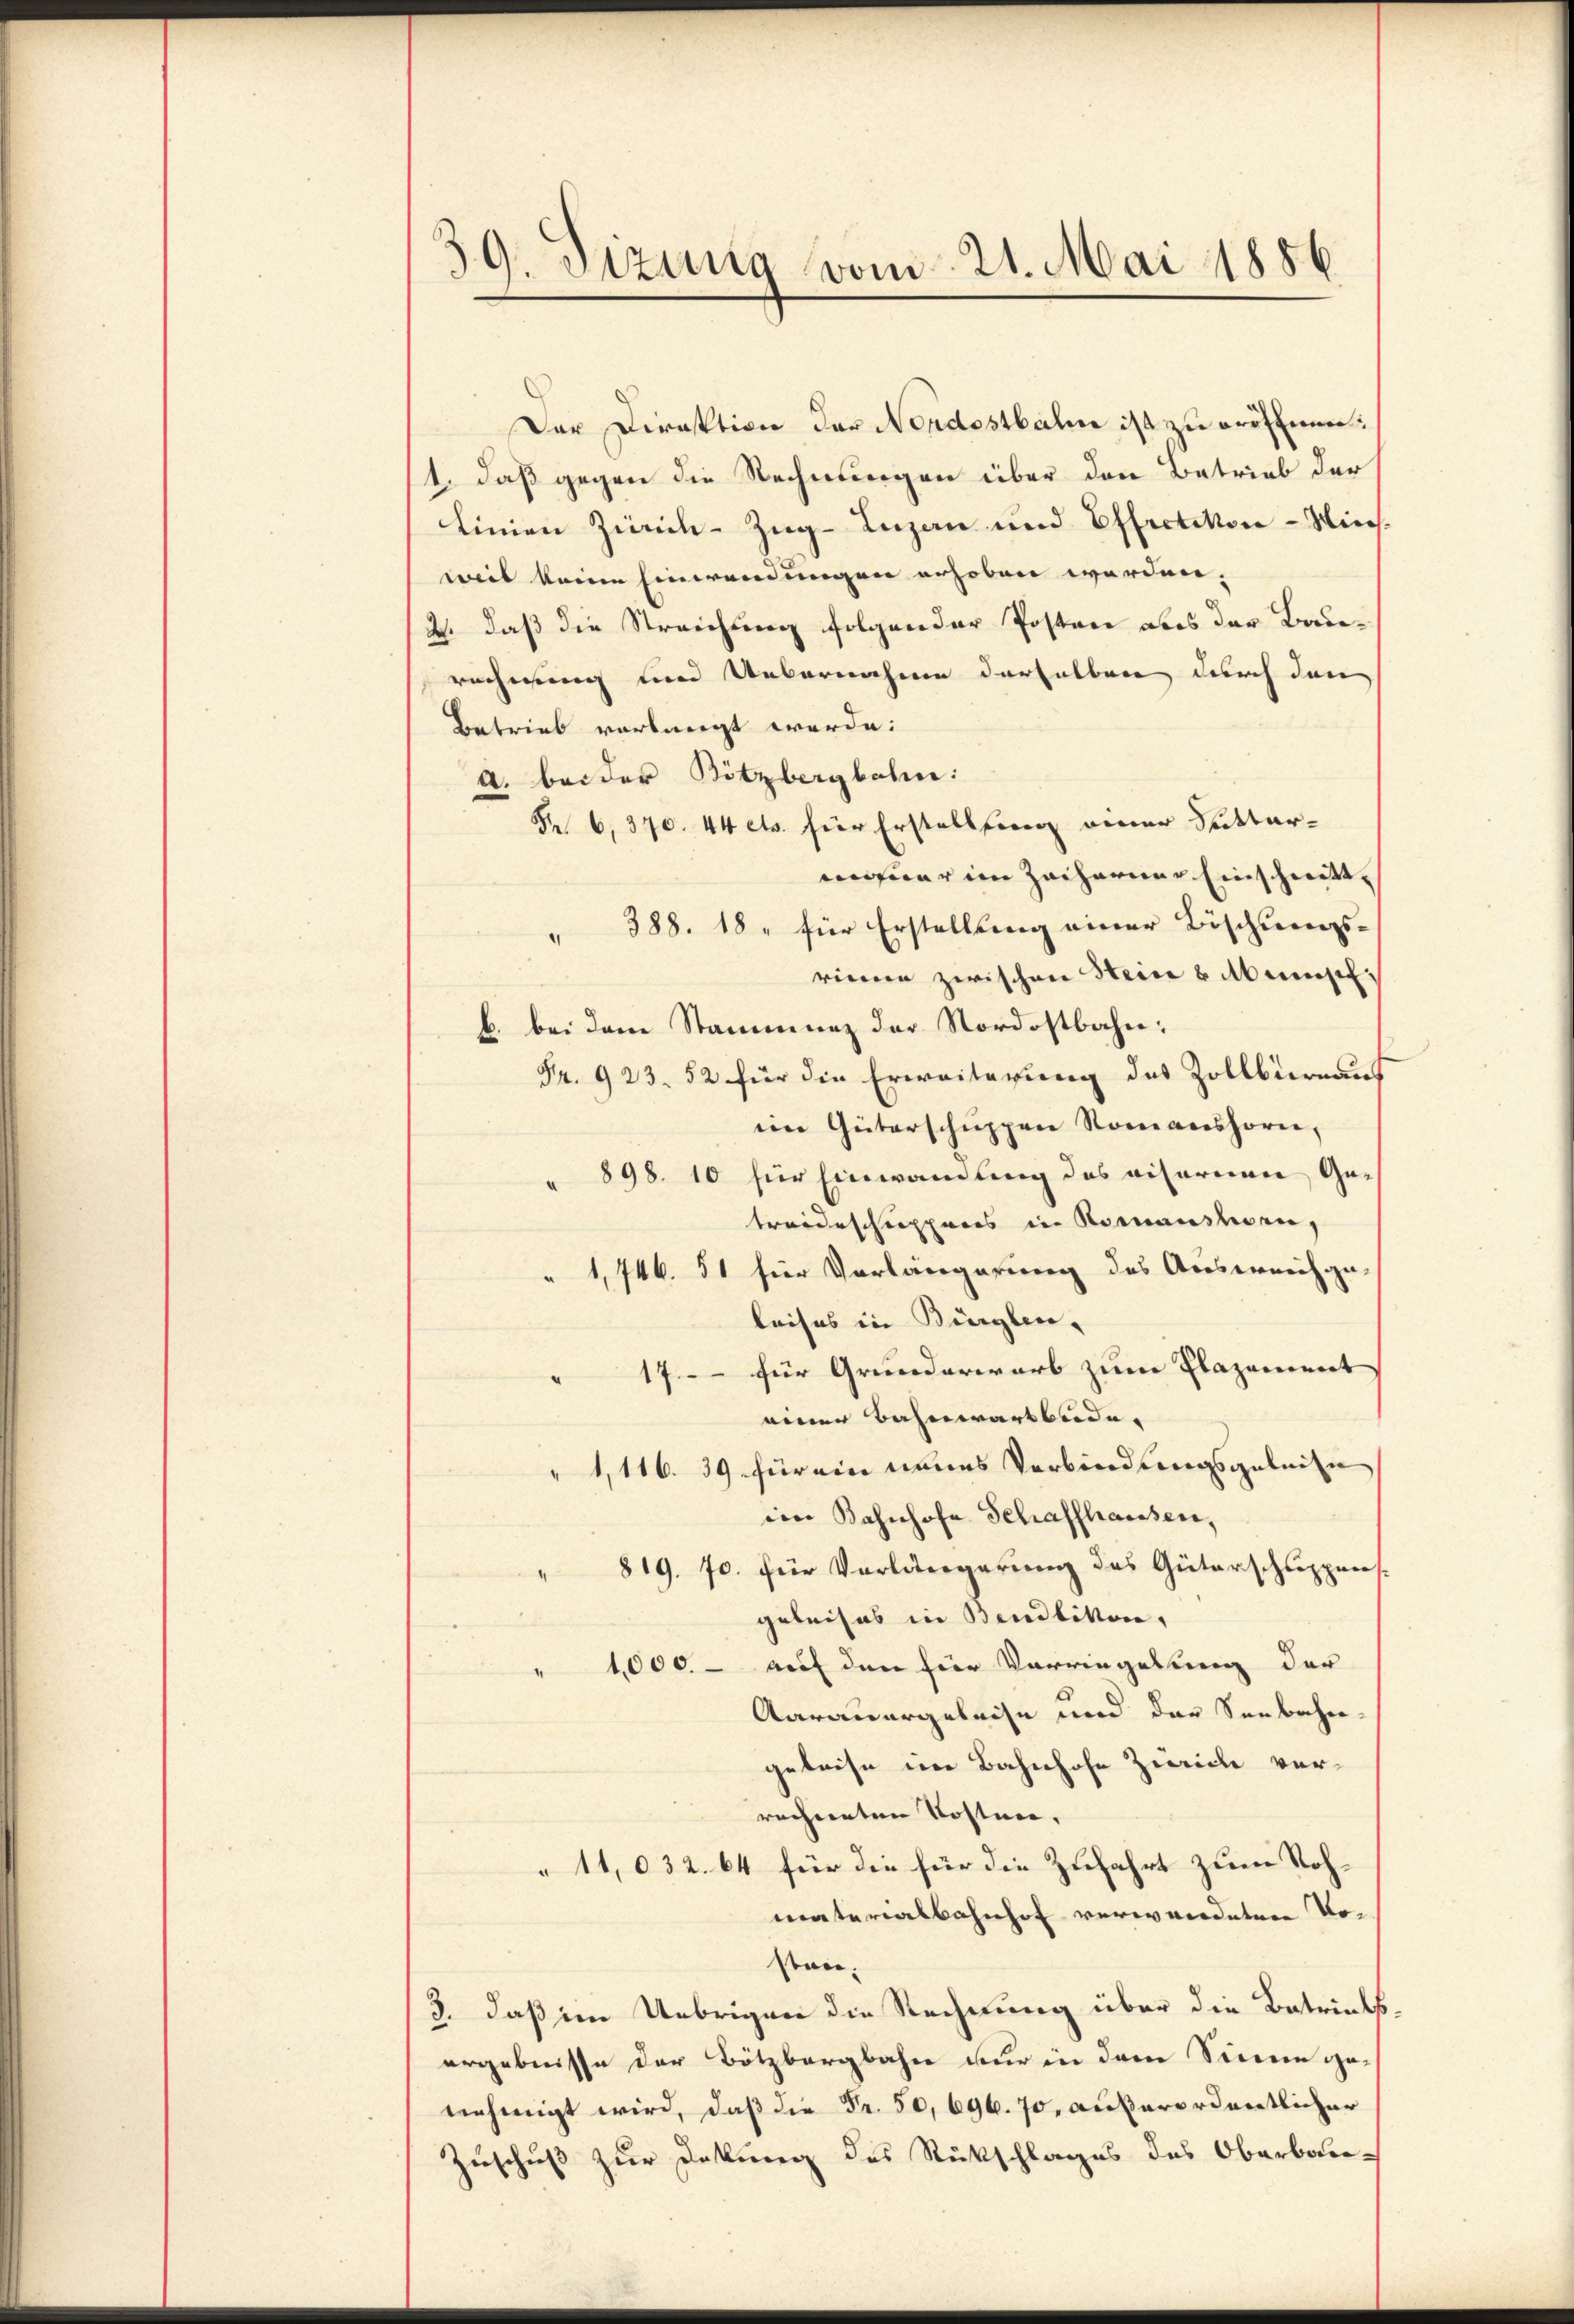
59. Dizung vom 21. Mai 1856

Der Direktion der Nordostbahne ist zu eröffnen.
1. daß gegen die Rechnungen über den Betrieb der
Linien Zürich-Zug-Inzan und Effretikon - Wiech.
weil keine Einwendungen erhoben werden,
2. daß die Streichung folgender Posten abes der Baurechnung und Uebernahme derselben durch den
Betrieb verlangt werde.
A. beider Bitzbergbahn:
F 6, 370. 44 ets. für Erstellung einer Suttermauer im Zacharner Einschnitt¬
" 388. 18, für Erstellung einer Böschungsrinne zwischen Stein Mens
b. bei dem Stammung der Nordostbahn;
Fr. 923. 52 für die Erweiterung des Zollbiernaus
eim Güterschuppen Romanshorn,
898. 10 für Einwandung des visorie Ge-
treideschuppens in Romansten,
" 1,746. 51 für Vorlängerung des Ausweichge-
leises in Bürglen,
" 17. für Grunderwarb zum Plazement
einer Bahnwart beide. |
1,116. 39 für ein neues Verbindungsgeleite
iom Bahnhofe Schaffhaussen,
819. 70. für Verlängerung des Güterschuppen
geleises in Bendlikon,
" 1000.- auf den hier Vorringelung der
Aarauergeleise und der Seebahn-
geleise im Bahnhofe Zürich verrechneten Kosten.
"11,032. 64 für die für die Zufahrt zum Rohmaterialbahnhof verwerdeten Vor
stan¬
3. daß im Uebrigen die Rechnung über die Betriebs
ergebnisse der Bötzbergbahn nur in dem Sinne genehmigt wird, daß die Fr. 50, 696. 70, außerordentlicher
Zuschuß zur Deckung des Rückschlages des Oberbau-